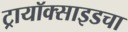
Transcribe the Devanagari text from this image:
ट्रायॉक्साइडचा